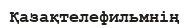
Қазақтелефильмнің